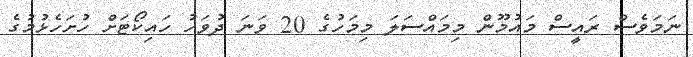
ނަމަވެސް ރައީސް މައުމޫން މިމައްސަލަ މިމަހުގެ 20 ވަނަ ދުވަހު ހައިކޯޓަށް ހުށަހެޅުމުގެ